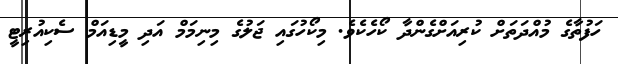
ހަފުތާގެ މުއްދަތަށް ކުރިއަށްގެންދާ ކޯހެކެވެ. މިކޯހުގައި ޖަލުގެ މިނިމަމް އަދި މީޑިއަމް ސެކިއުރިޓީ